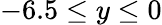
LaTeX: -6.5\leq y\leq 0